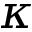
\kappa